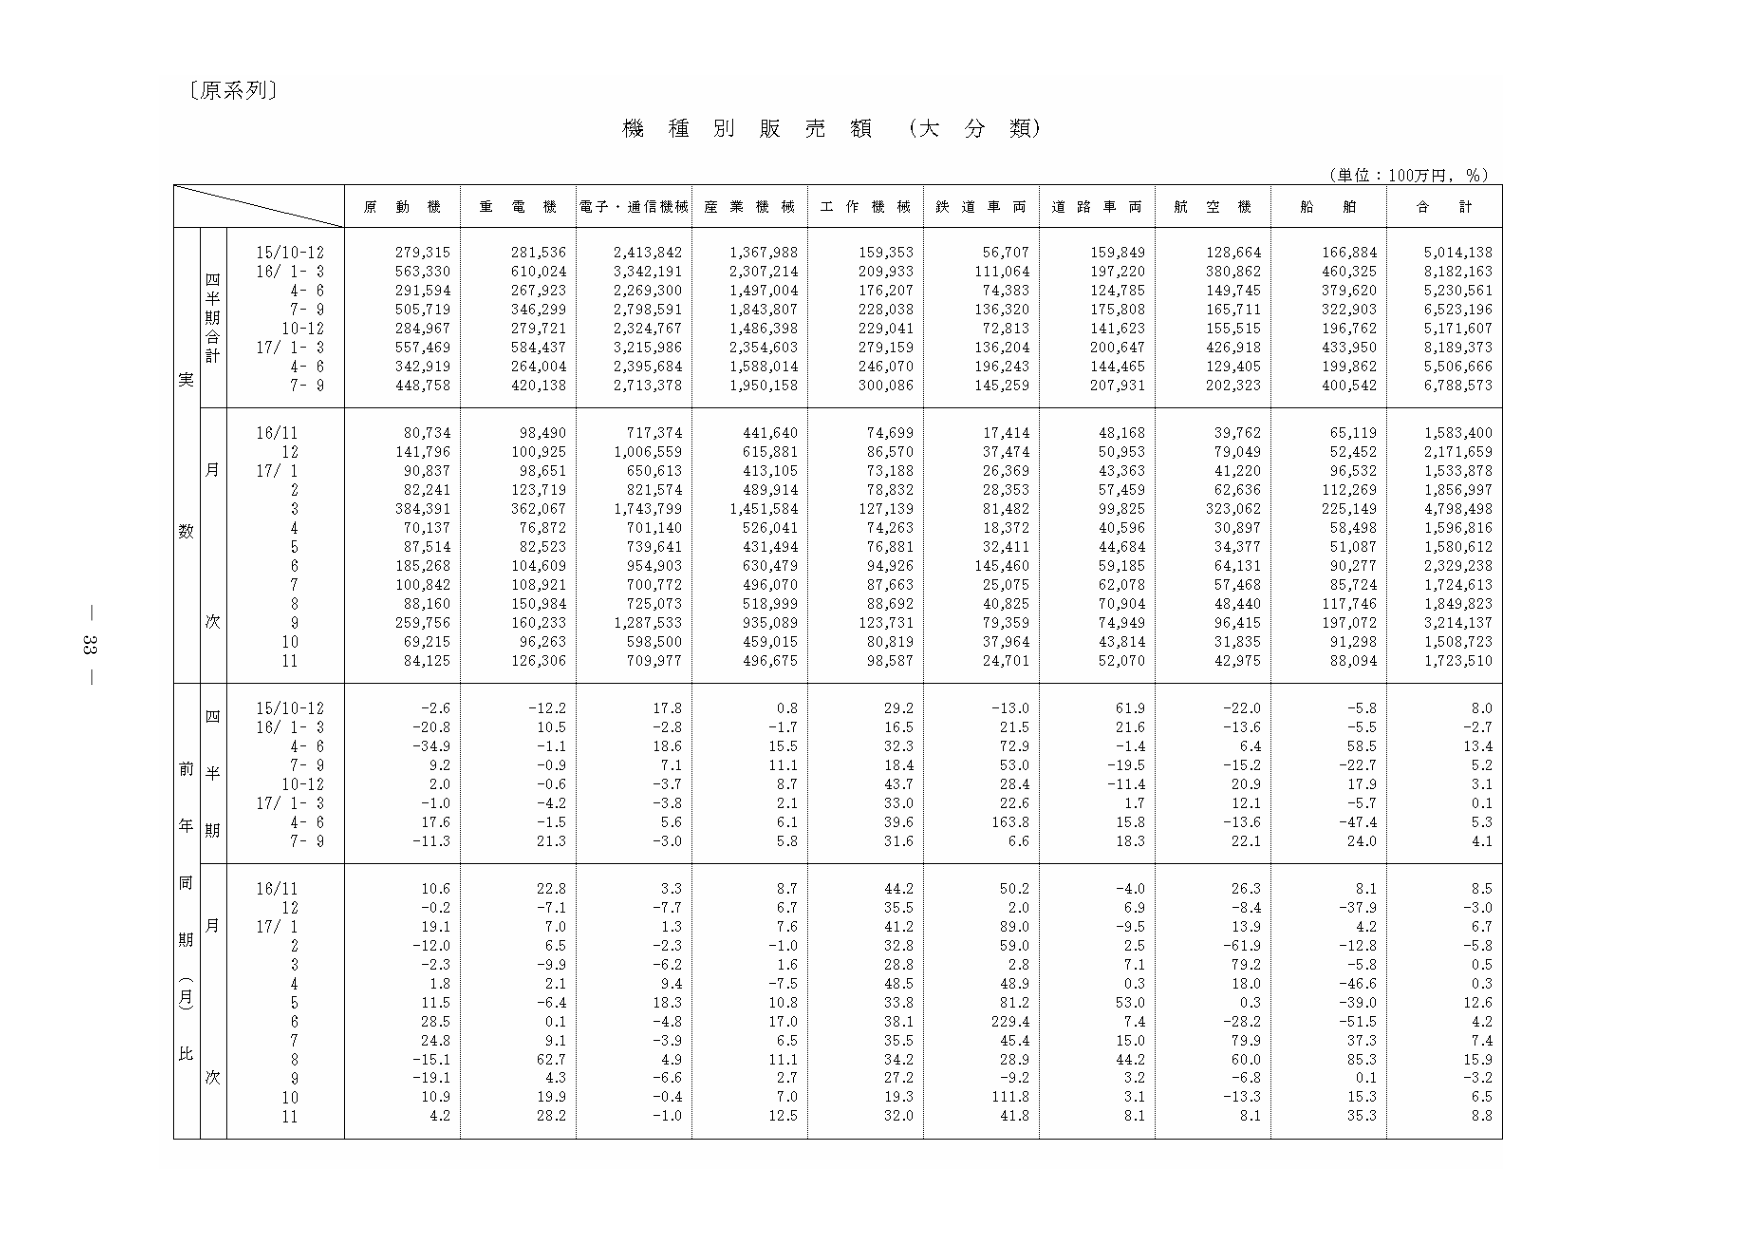
〔原系列〕

機種別販売額（大分類）

（単位：100万円，％）